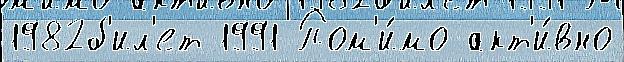
1982б'ил'ет 1991 Пом'и́мо акт'и́вно